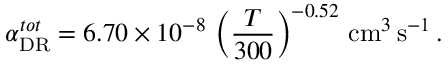
\alpha _ { \mathrm { D R } } ^ { t o t } = 6 . 7 0 \times 1 0 ^ { - 8 } \, \left( \frac { T } { 3 0 0 } \right) ^ { - 0 . 5 2 } \, \mathrm { c m } ^ { 3 } \, \mathrm { s } ^ { - 1 } \, .